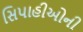
સિપાહીઓની